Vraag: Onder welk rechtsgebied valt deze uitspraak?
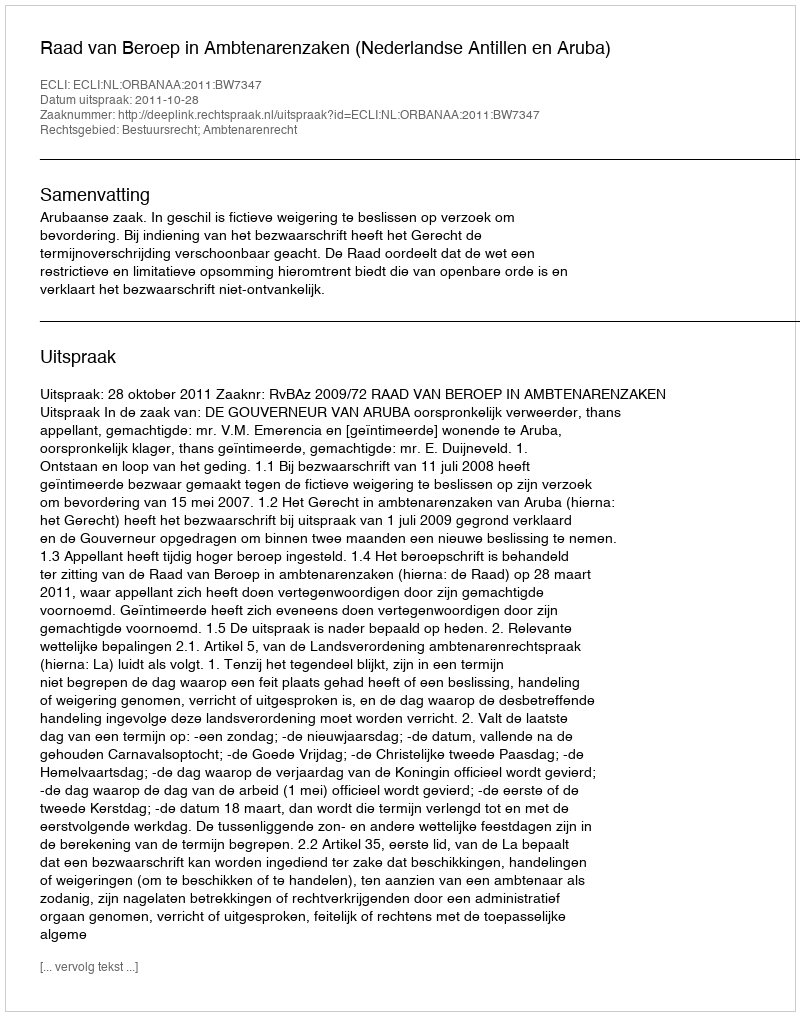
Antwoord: Bestuursrecht; Ambtenarenrecht